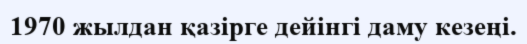
1970 жылдан қазірге дейінгі даму кезеңі.